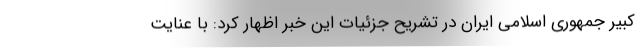
کبیر جمهوری اسلامی ایران در تشریح جزئیات این خبر اظهار کرد: با عنایت